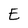
Character: E